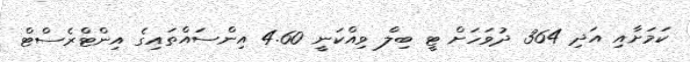
ކަމަށާއި އަދި 364 ދުވަހަށް ޓީ ބިލް ވިއްކަނީ 4.60 އިންސައްތައިގެ އިންޓްރެސްޓް